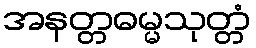
အနတ္တဓမ္မသုတ္တံ